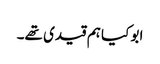
ابو کیا ہم قیدی تھے۔